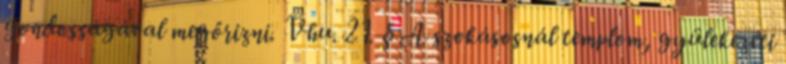
gondosságával megőrizni. Vhu. 21. § A szokásosnál templom, gyülekezeti